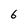
Character: 6